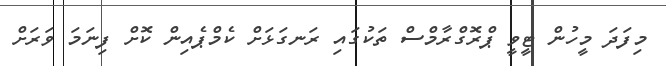
މިފަދަ މީހުން ޓީވީ ޕްރޮގްރާމްސް ތަކުގައި ރަނގަޅަށް ކެމްޕެއިން ކޮށް ފިނަމަ ވަރަށް